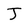
Character: J